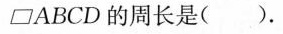
\Box ABCD的周长是( )。